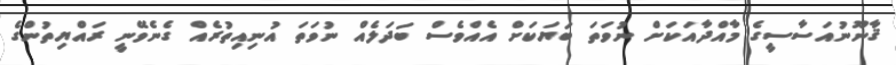
ޤާނޫނުއަސާސީގެ މާއްދާއަކަށް ނުވަތަ ބަޔަކަށް އެއްވެސް ބަދަލެއް ނުވަތަ އުނިއިތުރެއް ގެނެވޭނީ ރައްޔިތުންގެ